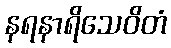
နရနာရိသေဝိတံ